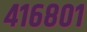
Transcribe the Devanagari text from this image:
४१६८०१